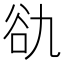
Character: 䜪